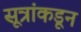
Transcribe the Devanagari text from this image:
सूत्रांकडून